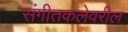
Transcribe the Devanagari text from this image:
संगीतकलेवरील